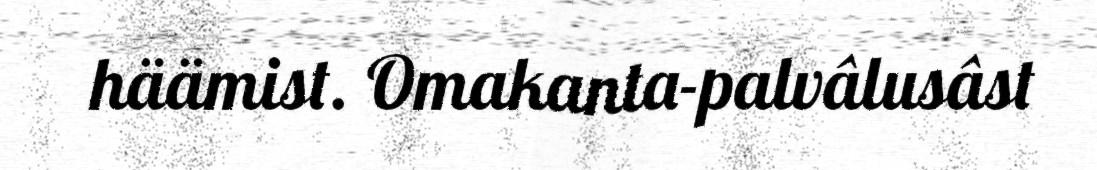
häämist. Omakanta-palvâlusâst